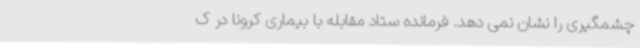
چشمگیری را نشان نمی دهد. فرمانده ستاد مقابله با بیماری کرونا در ک